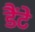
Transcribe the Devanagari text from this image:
डैंटे